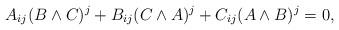
LaTeX: \begin{align*}A_{ij}(B\wedge C)^j + B_{ij}(C\wedge A)^j + C_{ij}(A\wedge B)^j = 0,\end{align*}